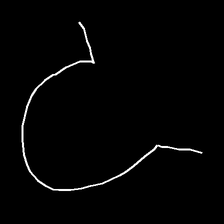
Glyph: weave